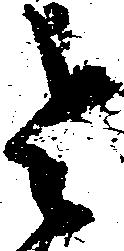
令